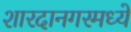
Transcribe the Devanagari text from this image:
शारदानगरमध्ये